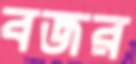
বজর